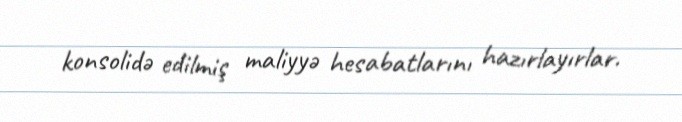
konsolidə edilmiş maliyyə hesabatlarını hazırlayırlar.